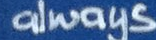
always